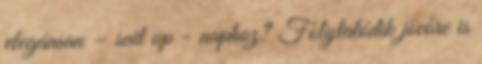
elegánsan – suit up - naphoz? Folytatódik jövőre is